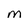
Character: m